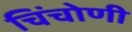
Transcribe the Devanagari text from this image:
चिंचोणी